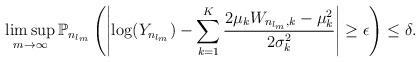
LaTeX: \begin{align*}\limsup_{m\to\infty} \mathbb{P}_{n_{l_m}}\left( \left| \log(Y_{n_{l_m}}) - \sum_{k=1}^{K} \frac{2\mu_{k} W_{n_{l_m},k} -\mu_{k}^{2}}{2\sigma_{k}^{2}} \right|\ge \epsilon \right) \le \delta.\end{align*}